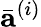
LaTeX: \bar{\mathbf{a}}^{(i)}